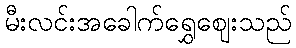
မီးလင်းအခေါက်ရွှေဈေးသည်